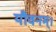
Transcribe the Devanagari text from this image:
यौवनम्।